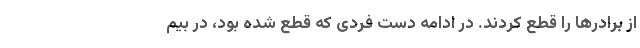
از برادرها را قطع کردند. در ادامه دست فردی که قطع شده بود، در بیم